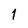
Character: 1